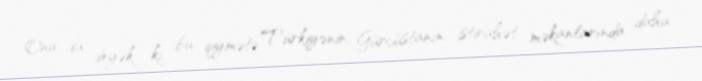
Onu da deyək ki, bu qiymətə Türkiyənin, Gürcüstanın istirahət məkanlarında daha